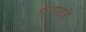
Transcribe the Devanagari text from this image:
फंडालाही